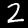
Label: 2